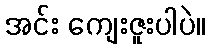
အင်း ကျေးဇူးပါပဲ။